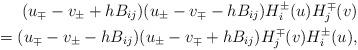
LaTeX: \begin{align*}(u_{\mp}-v_{\pm}+hB_{ij})(u_{\pm}-v_{\mp}-hB_{ij})H_{i}^{\pm}(u)H_{j}^{\mp}(v)\\=(u_{\mp}-v_{\pm}-hB_{ij})(u_{\pm}-v_{\mp}+hB_{ij})H_{j}^{\mp}(v)H_{i}^{\pm}(u),\end{align*}